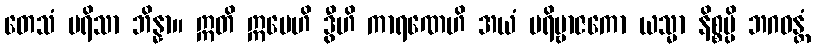
တေသံ ပရိသာ ဘိန္နာ။ ဣတိ ဣမေဟိ ဒွီဟိ ကာရဏေဟိ အယံ ပရိဗ္ဗာဇကော ယသ္မာ နိစ္စမ္ပိ ဘဂဝန္တံ